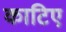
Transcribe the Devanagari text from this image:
काटिए